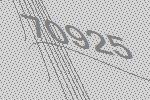
70925